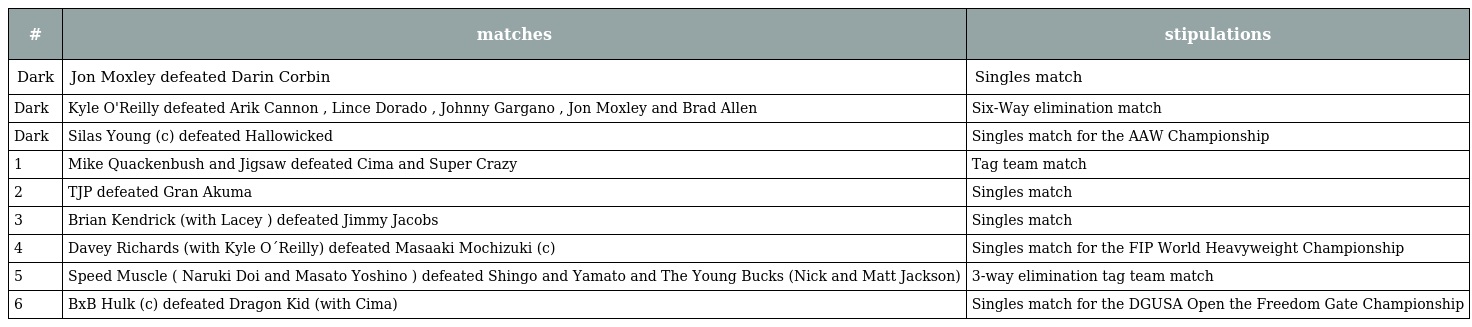
| # | matches | stipulations |
 | --- | --- | --- |
 | Dark | Jon Moxley defeated Darin Corbin | Singles match |
 | Dark | Kyle O'Reilly defeated Arik Cannon , Lince Dorado , Johnny Gargano , Jon Moxley and Brad Allen | Six-Way elimination match |
 | Dark | Silas Young (c) defeated Hallowicked | Singles match for the AAW Championship |
 | 1 | Mike Quackenbush and Jigsaw defeated Cima and Super Crazy | Tag team match |
 | 2 | TJP defeated Gran Akuma | Singles match |
 | 3 | Brian Kendrick (with Lacey ) defeated Jimmy Jacobs | Singles match |
 | 4 | Davey Richards (with Kyle O´Reilly) defeated Masaaki Mochizuki (c) | Singles match for the FIP World Heavyweight Championship |
 | 5 | Speed Muscle ( Naruki Doi and Masato Yoshino ) defeated Shingo and Yamato and The Young Bucks (Nick and Matt Jackson) | 3-way elimination tag team match |
 | 6 | BxB Hulk (c) defeated Dragon Kid (with Cima) | Singles match for the DGUSA Open the Freedom Gate Championship |